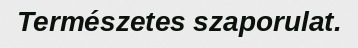
Természetes szaporulat.